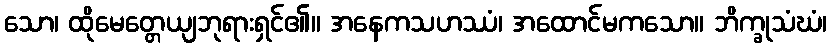
သော၊ ထိုမေတ္တေယျဘုရားရှင်၏။ အနေကသဟဿံ၊ အထောင်မကသော။ ဘိက္ခုသံဃံ၊